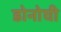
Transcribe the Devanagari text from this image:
डोनोघी